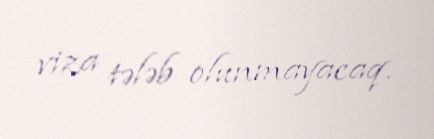
viza tələb olunmayacaq.